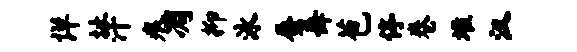
详址汗痕凋抑泳蜃舞苞停卷堆汉